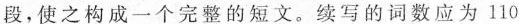
段,使之构成一个完整的短文.续写的词数应为 110